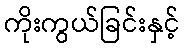
ကိုးကွယ်ခြင်းနှင့်